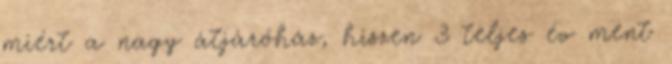
miért a nagy átjáróház, hiszen 3 teljes év ment